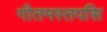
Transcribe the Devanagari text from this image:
गौतमस्तपसि